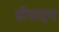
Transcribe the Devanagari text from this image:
सँपादन